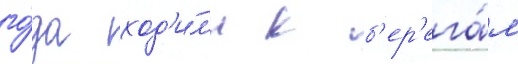
го́да ход'и́л'и к б'ер'ега́м